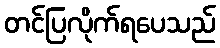
တင်ပြလိုက်ရပေသည်